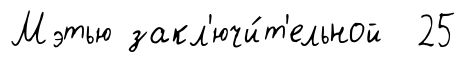
Мэтью закл'ючи́т'ельной 25